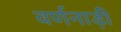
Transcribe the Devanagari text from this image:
वर्णनाड़ी